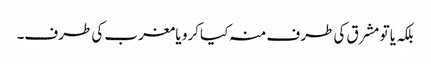
بلکہ یا تو مشرق کی طرف منہ کیا کرو یا مغرب کی طرف۔